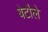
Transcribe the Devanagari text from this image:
बेटौले